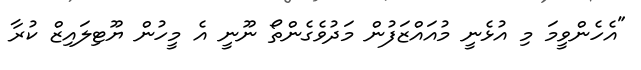
"އެހެންވީމަ މި އުޅެނީ މުއައްޒަފުން މަދުވެގެންތޯ ނޫނީ އެ މީހުން ޔޫޓިލައިޒް ކުރާ